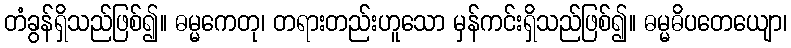
တံခွန်ရှိသည်ဖြစ်၍။ ဓမ္မကေတု၊ တရားတည်းဟူသော မှန်ကင်းရှိသည်ဖြစ်၍။ ဓမ္မဓိပတေယျော၊